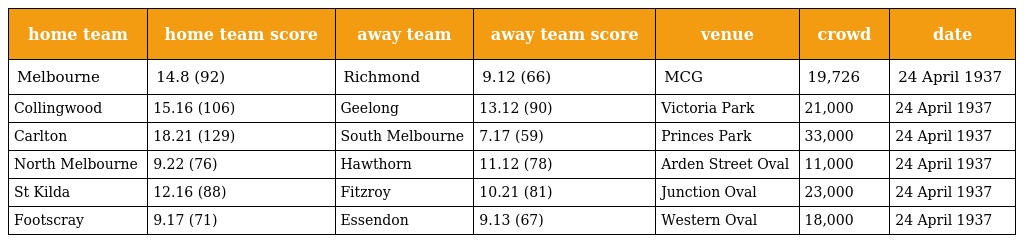
| home team | home team score | away team | away team score | venue | crowd | date |
 | --- | --- | --- | --- | --- | --- | --- |
 | Melbourne | 14.8 (92) | Richmond | 9.12 (66) | MCG | 19,726 | 24 April 1937 |
 | Collingwood | 15.16 (106) | Geelong | 13.12 (90) | Victoria Park | 21,000 | 24 April 1937 |
 | Carlton | 18.21 (129) | South Melbourne | 7.17 (59) | Princes Park | 33,000 | 24 April 1937 |
 | North Melbourne | 9.22 (76) | Hawthorn | 11.12 (78) | Arden Street Oval | 11,000 | 24 April 1937 |
 | St Kilda | 12.16 (88) | Fitzroy | 10.21 (81) | Junction Oval | 23,000 | 24 April 1937 |
 | Footscray | 9.17 (71) | Essendon | 9.13 (67) | Western Oval | 18,000 | 24 April 1937 |